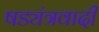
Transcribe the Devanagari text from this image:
षड्यंत्रवादी